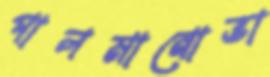
পালমানোভা